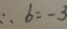
\therefore b = - 3